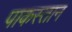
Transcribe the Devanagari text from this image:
पाकस्तान